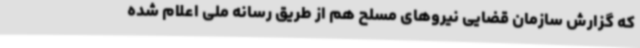
که گزارش سازمان قضایی نیروهای مسلح هم از طریق رسانه ملی اعلام شده